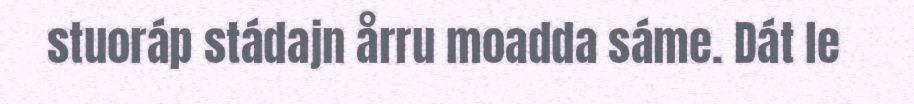
stuoráp stádajn årru moadda sáme. Dát le